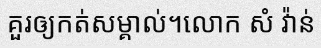
គួរឲ្យកត់សម្គាល់។លោក សំ វ៉ាន់